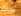
وذلك